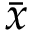
\bar { x }